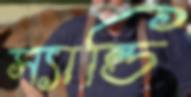
স্যান্ডি